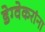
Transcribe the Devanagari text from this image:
डेग्वेकरांना